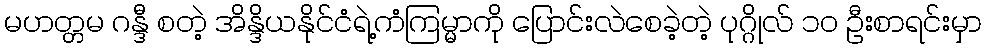
မဟတ္တမ ဂန္ဒီ စတဲ့ အိန္ဒိယနိုင်ငံရဲ့ကံကြမ္မာကို ပြောင်းလဲစေခဲ့တဲ့ ပုဂ္ဂိုလ် ၁၀ ဦးစာရင်းမှာ